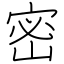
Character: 密